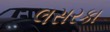
લસરકા